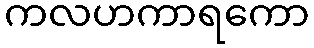
ကလဟကာရကော